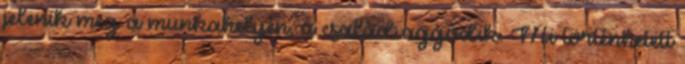
jelenik meg a munkahelyén, a család aggódik. Mi történhetett